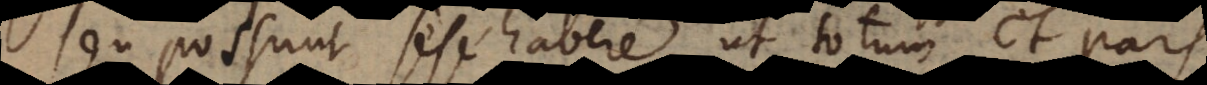
seu possunt sese habere ut totum et pars.